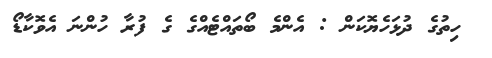
ހިތުގެ ދުޅަހެޔޮކަން : އެންމެ ބޯތައްޓެއްގެ ގެ ފުރާ ހުންނަ އެވޮކާޑޯ